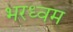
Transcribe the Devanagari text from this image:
भरध्वम